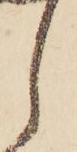
し